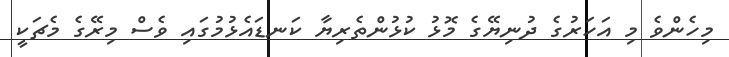
މިހެންވެ މި އަހަރުގެ ދުނިޔޭގެ މޮޅު ކުޅުންތެރިޔާ ކަނޑައެޅުމުގައި ވެސް މިރޭގެ މެޗަކީ